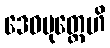
ဒေဝပုတ္တေဟိ